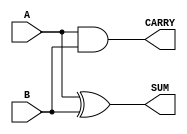
module half_adder (
    input wire A,    // First input bit
    input wire B,    // Second input bit
    output wire SUM, // Sum output (A XOR B)
    output wire CARRY // Carry output (A AND B)
);

// Logic for SUM and CARRY
assign SUM = A ^ B;    // XOR operation for sum
assign CARRY = A & B;  // AND operation for carry

endmodule